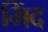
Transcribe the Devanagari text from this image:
भिंद